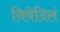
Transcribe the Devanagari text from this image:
निवेदिलं